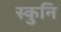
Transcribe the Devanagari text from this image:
स्कुनि